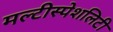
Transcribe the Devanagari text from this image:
मल्टीस्पेशलिटी